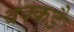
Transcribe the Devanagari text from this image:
वक्कडै